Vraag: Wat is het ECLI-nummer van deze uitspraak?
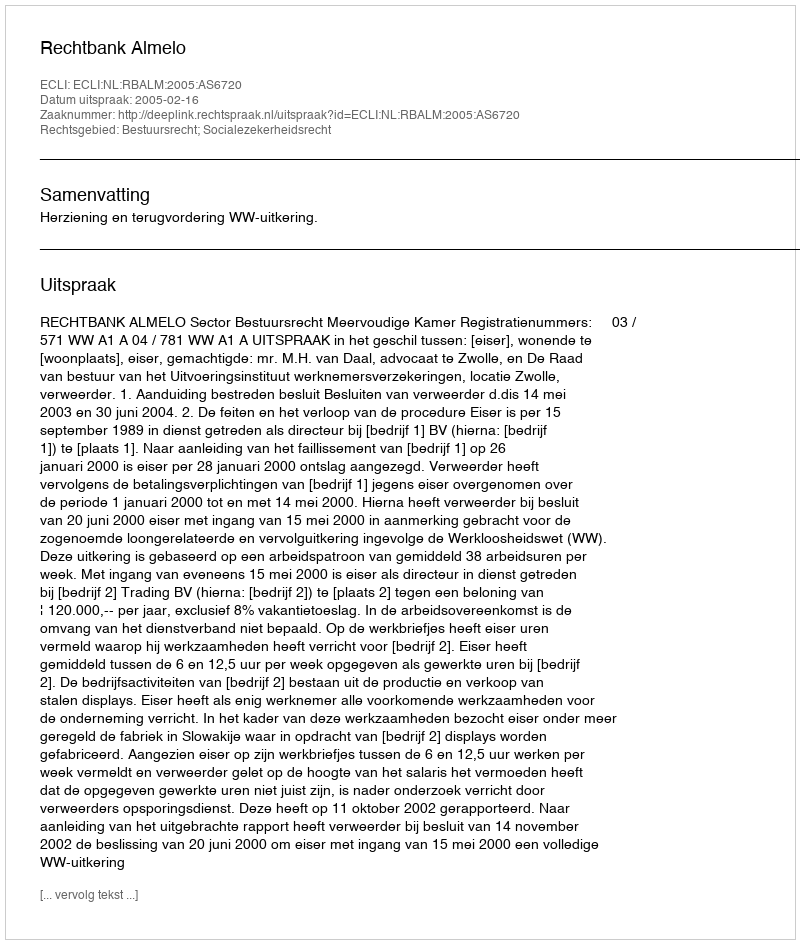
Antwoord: ECLI:NL:RBALM:2005:AS6720